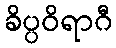
ခိပ္ပဝိရာဂီ